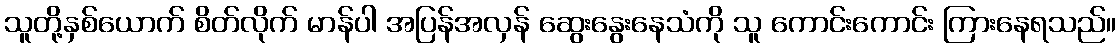
သူတို့နှစ်ယောက် စိတ်လိုက် မာန်ပါ အပြန်အလှန် ဆွေးနွေးနေသံကို သူ ကောင်းကောင်း ကြားနေရသည်။